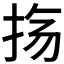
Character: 𫼟